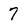
Character: 7